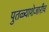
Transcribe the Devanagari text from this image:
पुतळ्याशेजारीच